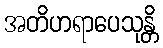
အတိဟရာပေသုန္တိ